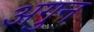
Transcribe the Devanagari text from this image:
अगुन